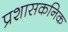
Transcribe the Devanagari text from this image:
प्रशासकनिक